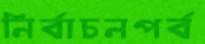
নির্বাচনপর্ব